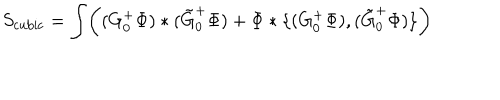
LaTeX: S _ { \mathrm { c u b i c } } = \int \biggl ( ( G _ { 0 } ^ { + } \Phi ) * ( \tilde { G } _ { 0 } ^ { + } \Phi ) + \Phi * \{ ( G _ { 0 } ^ { + } \Phi ) , ( \tilde { G } _ { 0 } ^ { + } \Phi ) \} \biggr )